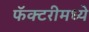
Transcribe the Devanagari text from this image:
फॅक्टरीमध्ये